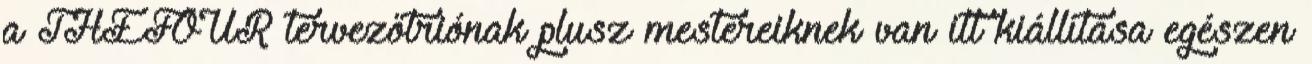
a THEFOUR tervezőtriónak plusz mestereiknek van itt kiállítása egészen